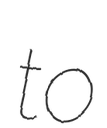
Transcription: to